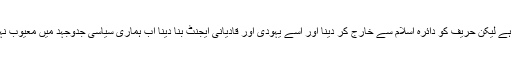
اختلاف سیاسی ہے لیکن حریف کو دائرہ اسلام سے خارج کر دینا اور اسے یہودی اور قادیانی ایجنٹ بنا دینا اب ہماری سیاسی جدوجہد میں معیوب نہیں سمجھا جاتا۔